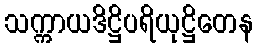
သက္ကာယဒိဋ္ဌိပရိယုဋ္ဌိတေန